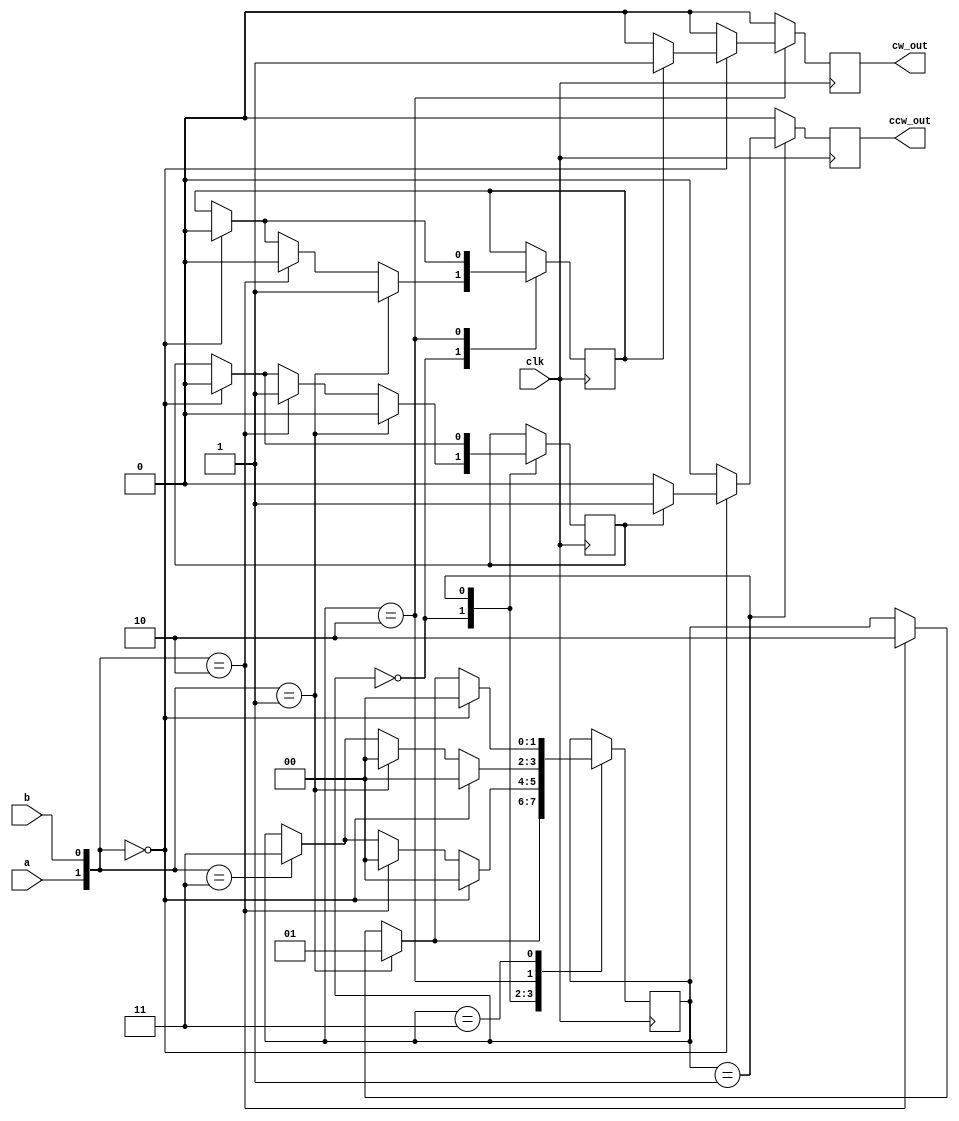
`timescale 1ns / 1ps
/////////////////////////
//
/////////////////////////
module quad_states(cw_out, ccw_out, a, b, clk);
	output reg cw_out, ccw_out;
	input a, b, clk;
	reg [1:0]state;
	reg cw, ccw;
	wire [1:0]pins;
	
	initial begin
		state <= 2'b00;
		cw <= 0;
		ccw <= 0;
	end
	
	assign pins = {a,b};
		
	always @(posedge clk) begin
		cw_out  <= 0;
		ccw_out <= 0;
		case(state)
/*00*/		0: begin
						if (pins == 2'b01) begin
							cw <= 1;
							ccw <= 0;
							state <= 2'b01;
						end else if (pins == 2'b10) begin
							ccw <= 1;
							cw <= 0;
							state <= 2'b10;
						end else if (pins == 2'b00) begin
							ccw <= 0;
							ccw_out <= 0;
							cw <= 0;
							cw_out <= 0;
						end
					end
					
/*01*/		1: begin
						if (pins == 2'b00) begin
							if (ccw == 1) begin
								ccw_out <= 1;
								ccw <= 0;
							end
							state <= 2'b00;
						end else if (pins == 2'b10) 
							state <= 2'b00;
						else if (pins == 2'b11)
							state <= 2'b11;
					end
					
/*10*/		2:	begin
						if (pins == 2'b00) begin
							if (cw == 1) begin
								cw_out <= 1;
								cw <= 0;
							end
							state <= 2'b00;
						end else if (pins == 2'b01) 
							state <= 2'b00;
						else if (pins == 2'b11)
							state <= 2'b11;
					end
					
/*11*/		3: begin
						if (pins == 2'b00) 
							state <= 2'b00;
						else if (pins == 2'b01)
							state <= 2'b01;
						else if (pins == 2'b10)
							state <= 2'b10;
					end
		endcase
	end

endmodule